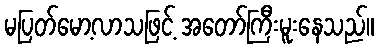
မပြတ်မော့လာသဖြင့် အတော်ကြီးမူးနေသည်။